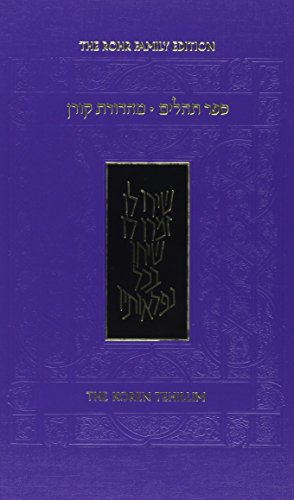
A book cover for Koren Tehillim (Hebrew Edition); Koren Publishers Jerusalem; Religion & Spirituality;